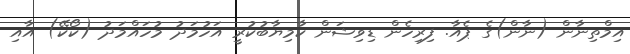
އިމްތިނާން (ނާން)ގެ ޕެއާ. ފިރިހެން ޑިވިޝަން ކާމިޔާބުކުރީ އަހުމަދު މުހައްމަދު (ކޯކޭ) އާއި